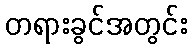
တရားခွင်အတွင်း